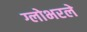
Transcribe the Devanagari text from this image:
ग्लोभरले